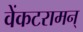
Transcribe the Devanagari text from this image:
वेंकटरामन्